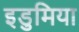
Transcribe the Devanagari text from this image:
इडुमिया